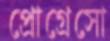
প্রোগ্রেসো